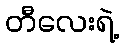
တီလေးရဲ့